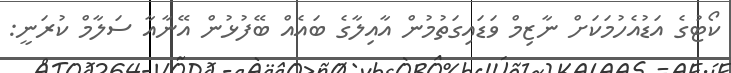
ކޯޓުގެ އަޑުއެހުމަކަށް ނާޒިމް ވަޑައިގަތުމުން އާއިލާގެ ބައެއް ބޭފުޅުން އޭނާއާ ސަލާމް ކުރަނީ: